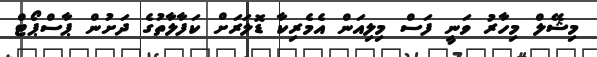
މިޝޭލް މިހާރު ވަނީ ފަސް މިލިއަން އެމެރިކާ ޑޮލަރަށް ކަފާލާތުގެ ދަށުން ޕާސްޕޯޓް